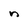
Character: n